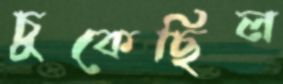
চুকেছিল